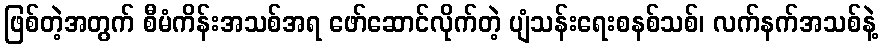
ဖြစ်တဲ့အတွက် စီမံကိန်းအသစ်အရ ဖော်ဆောင်လိုက်တဲ့ ပျံသန်းရေးစနစ်သစ်၊ လက်နက်အသစ်နဲ့